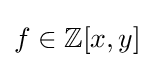
f\in \mathbb {Z} [x,y]